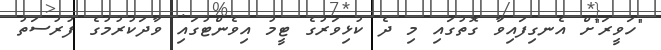
"ހަވީރަ"ށް އެނގިފައިވާ ގޮތުގައި މި ދެ ކުޅިވަރުގެ ޓީމު އިވެންޓުގައި ވާދަކުރުމުގެ ފުރުސަތު